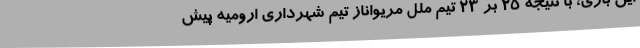
این بازی، با نتیجه 25 بر 23 تیم ملل مریواناز تیم شهرداری ارومیه پیش